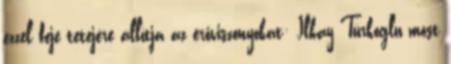
ezzel feje tetejére állítja az erőviszonyokat: Ilkay Türkoglu most